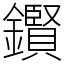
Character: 鑦